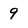
Character: 9